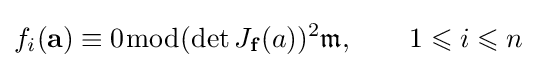
f_{i}(\mathbf {a} )\equiv 0{\bmod {(}}{\det J_{\mathbf {f} }(a)})^{2}{\mathfrak {m}},\qquad 1\leqslant i\leqslant n